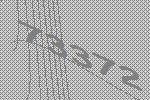
73372